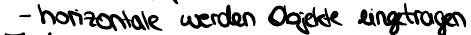
- horizontale werden Objekte eingetragen